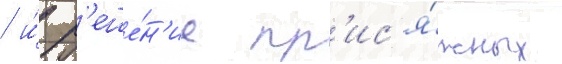
/ и́ р'еше́н'ие пр'ис'я́жных